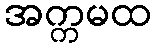
အက္ကမထ